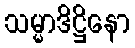
သမ္မာဒိဋ္ဌိနော